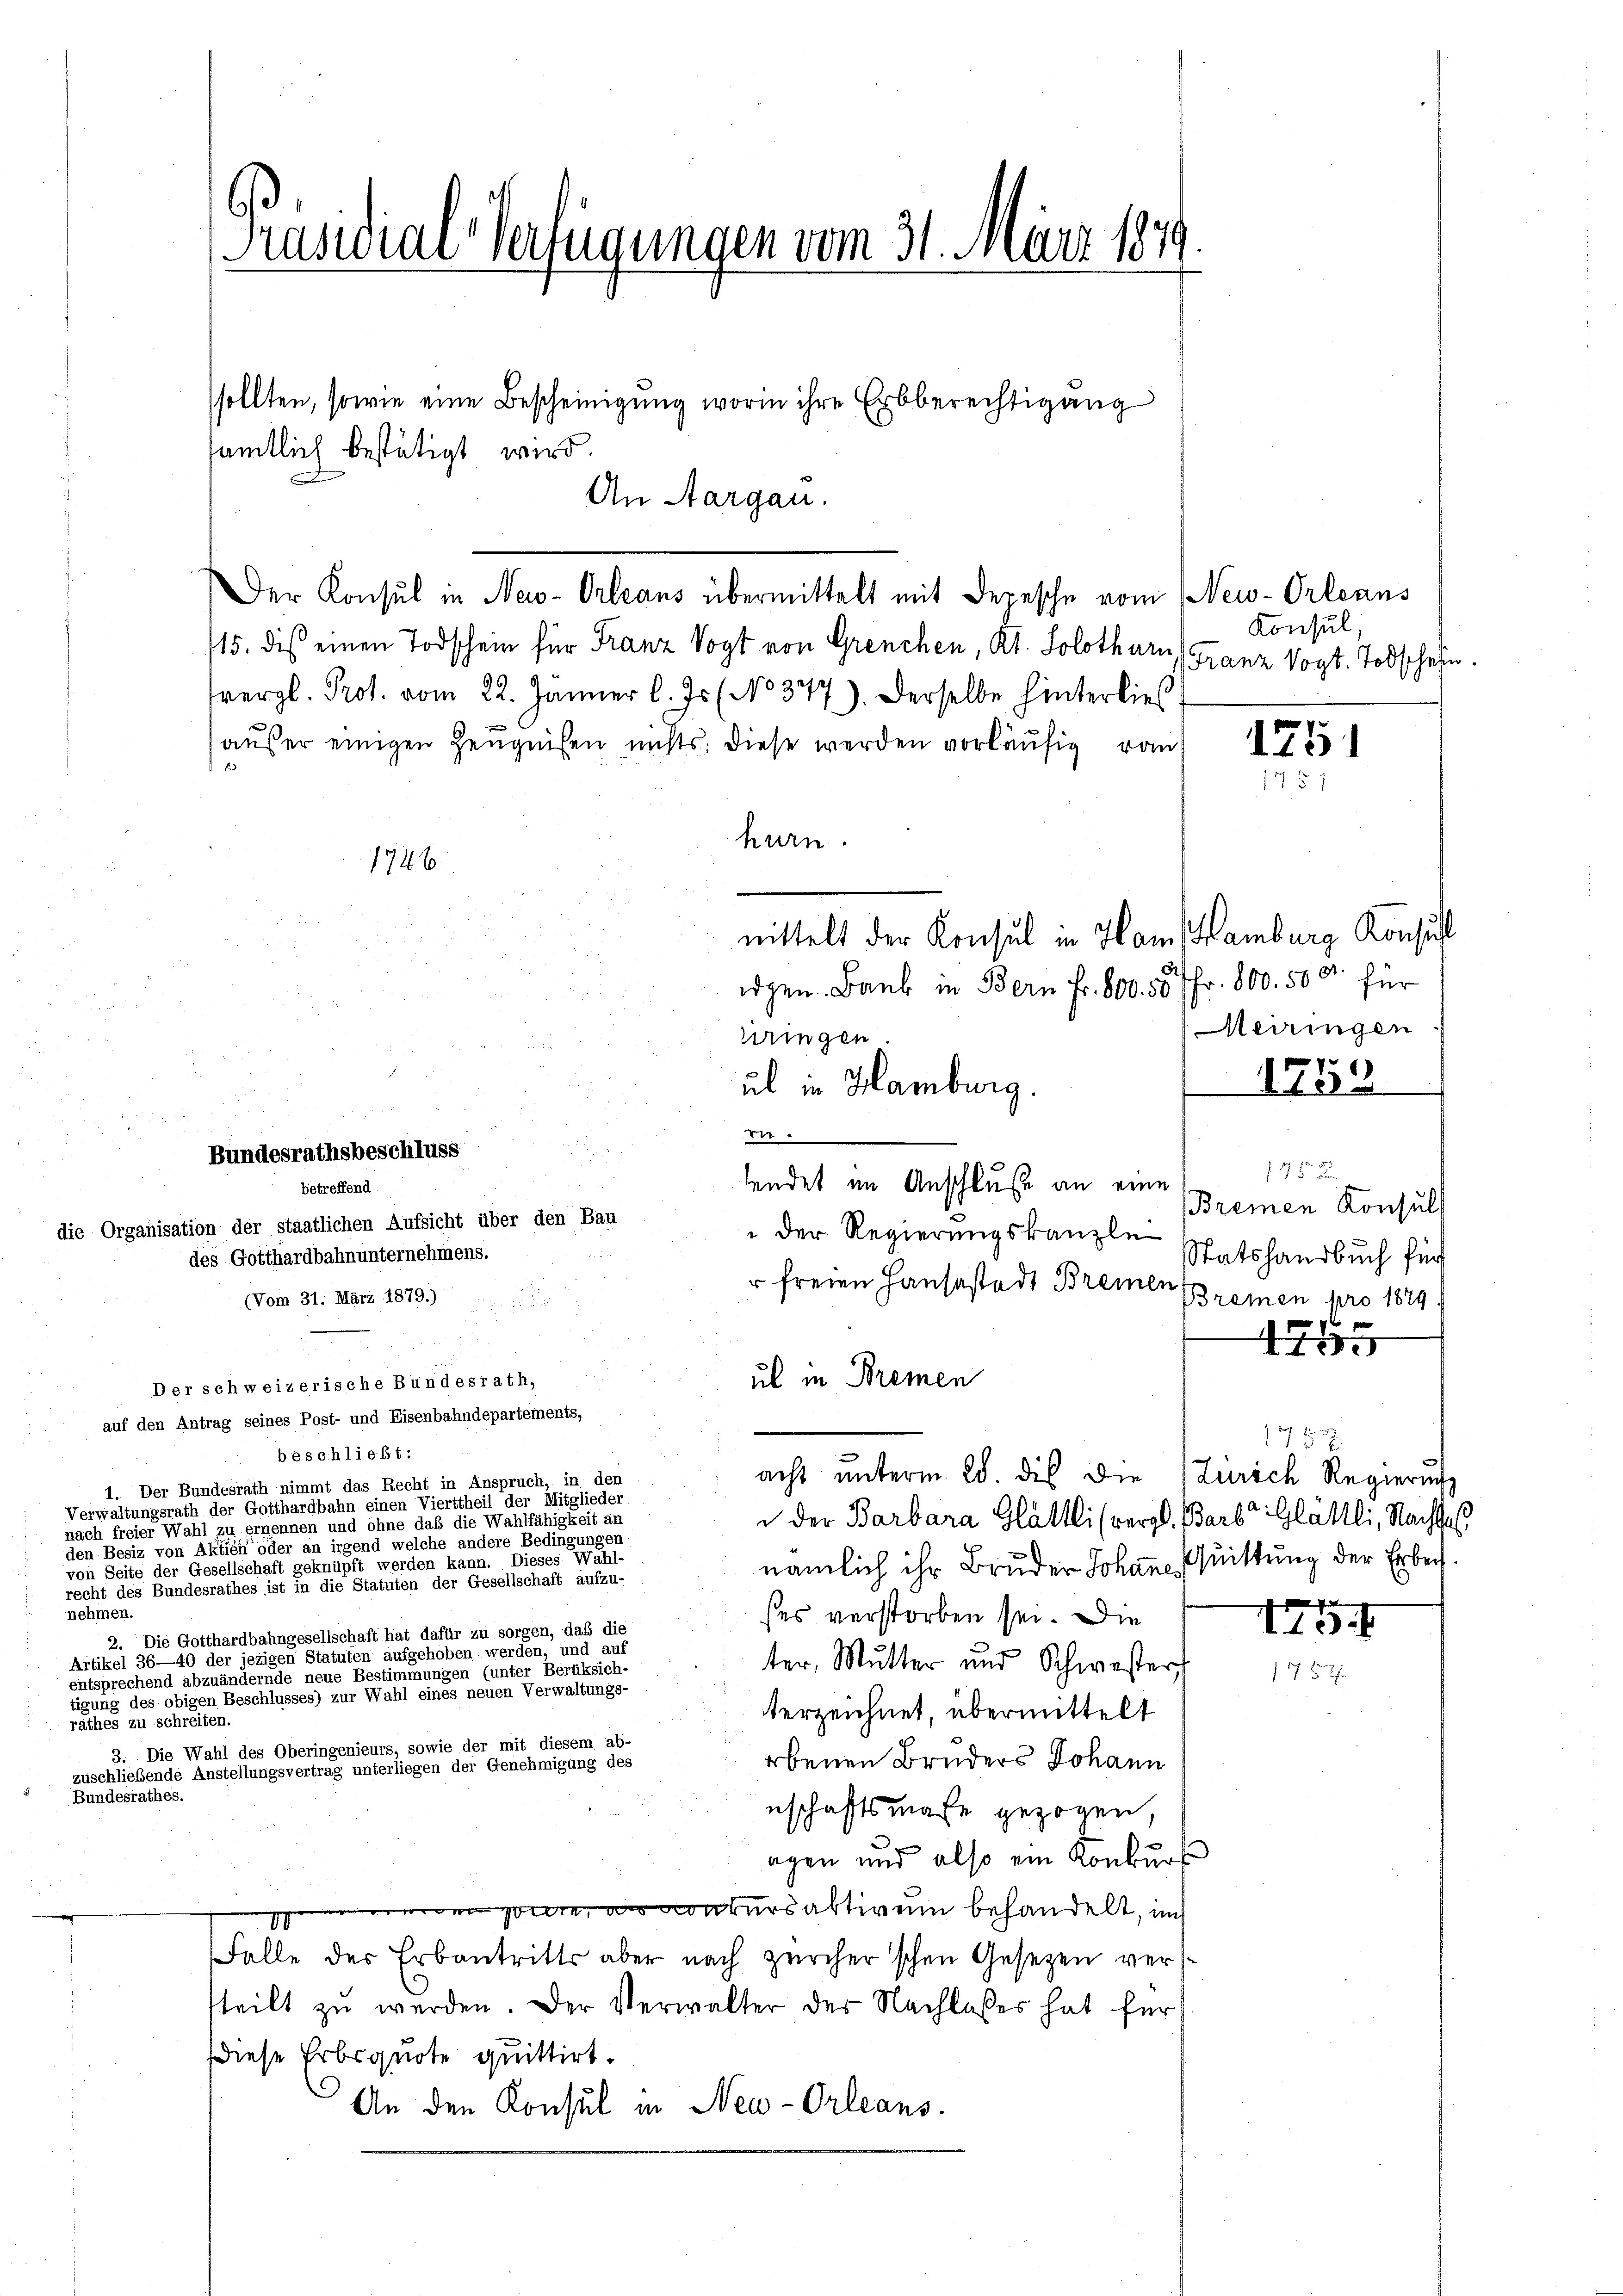
Präsidial-Verfügungen vom 31. März 1849

sämtlich bestätigt wird.

nehmen.

Bundesrathes.

An Aargau.
Der Konsul in New-Orleans übermittelt mit Depesche vom Neu-Orleans
15. dis einen Todschein für Franz Vogt von Grenchen, Kt. Solothurn, (Franz Vogt. Todschein.
rergl. Prot. vom 22. Jänner l. Js (No 347). Derselbe hinterlies
außer einigen Zeŭgnissen nichts: diese werden vorläŭfig von
hurn.
1746.
mittelt der Konsul in Ham Hamburg Konsicht
idgen. Bank in Bern Fr. 800. 557 Fr. 800. 500. für
Meiringen
uringen.
ub in Hamburg.
1753
.
175. 2
sendet im Anschluße an eine
betreffend
Bremen Konsult
die Organisation der staatlichen Aufsicht über den Bau
" der Regierungskanzle
des Gotthardbahnunternehmens.
Statshandbuch für
" freien Hausestadt Bremen Bremen pro 1879.
(Vom 31. März 1879.)

4705
ul in Bremen
Der schweizerische Bundesrath,
auf den Antrag seines Post- und Eisenbahndepartements,
127 f. 32.
beschließt:
acht unterm 28. dies die Zürich Regierung
1. Der Bundesrath nimmt das Recht in Anspruch, in den
Verwaltungsrath der Gotthardbahn einen Vierttheil der Mitglieder
i der Barbara Glättli (vergl. Barb. Glättli, Nachhal
nach freier Wahl zu ernennen und ohne daß die Wahlfähigkeit an
den Besiz von Aktien oder an irgend welche andere Bedingungen
nämlich ihr Bruder Johans Quittung der Erbeivon Seite der Gesellschaft geknüpft werden kann. Dieses Wahl-
recht des Bundesrathes ist in die Statuten der Gesellschaft aufzu-

ses verstorben sei. Die
I13.
2. Die Gotthardbahngesellschaft hat dafür zu sorgen, daß die
Artikel 30                                  treten eine aufgehoben werden, und auf
het
ter, Mutter und Schwester
1752
entsprechend abzuändernde neue Bestimmungen (unter Berüksich-
tigung des obigen Beschlusses) zur Wahl eines neuen Verwaltungs-
terzeichnet, übermittelt
3. Die Wahl des Oberingenieurs, sowie der mit diesem ab-
obenen Bruders Johann
zuschließende Anstellungsvertrag unterliegen der Genehmigung des
nschaftsmaße gezogen,
agen und also ein Konkurs
 werden sie obers abtivum behandelt, und
Falle des Erbantritts aber nach Zürcher'schen Gesetzen verstteilt zŭ werden. Der Verwalter der Nachlasses hat für
Diese Erbquote quittirt.
An den Konsul in Neu-Orleans

Bundesrathsbeschluss

sollten, sowie eine Bescheinigung worin ihre Erbberechtigung

Konsul

175